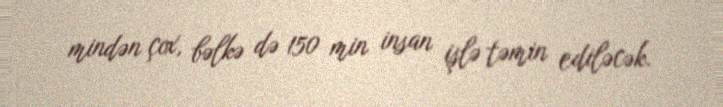
mindən çox, bəlkə də 150 min insan işlə təmin ediləcək.